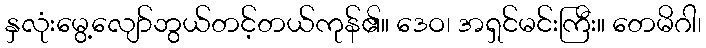
နှလုံးမွေ့လျော်ဘွယ်တင့်တယ်ကုန်၏။ ဒေဝ၊ အရှင်မင်းကြီး။ တေမိဂါ၊